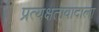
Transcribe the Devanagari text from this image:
प्रत्यक्षतावादाला